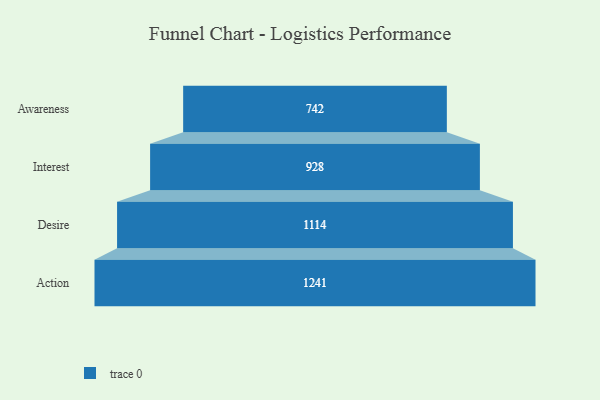
{"axis": {"x": "Stage", "y": "Value"}, "legend": [""], "data": [{"x": "Awareness", "y": 742.0, "type": ""}, {"x": "Interest", "y": 928.0, "type": ""}, {"x": "Desire", "y": 1114.0, "type": ""}, {"x": "Action", "y": 1241.0, "type": ""}]}